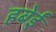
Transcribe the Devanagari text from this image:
हबेई